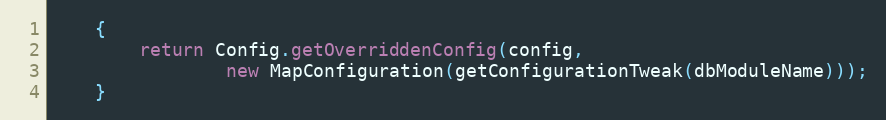
Language: Java
    {
        return Config.getOverriddenConfig(config,
                new MapConfiguration(getConfigurationTweak(dbModuleName)));
    }